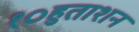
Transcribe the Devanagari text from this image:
१०हुताशन